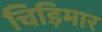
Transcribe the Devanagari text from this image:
चिड़िमार